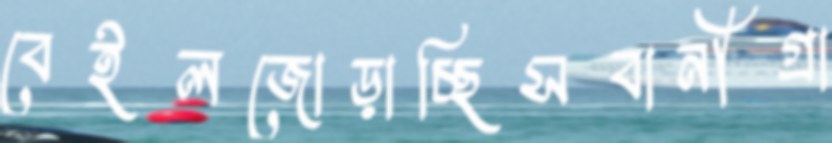
বেইলজোড়াচ্ছিসবানীগ্রা